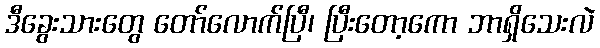
ဒီခွေးသားတွေ တော်လောက်ပြီ၊ ပြီးတော့ကော ဘာရှိသေးလဲ